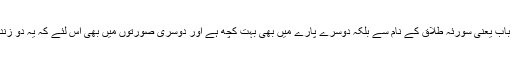
طلاق پروردگار کا انعام ہے قرآن شریف میں نہ صرف ایک باب یعنی سورئہ طلاق کے نام سے بلکہ دوسرے پارے میں بھی بہت کچھ ہے اور دوسری صورتوں میں بھی اس لئے کہ یہ دو زندگیوں کا نہیں دو گھروں کے بننے اور بگڑنے کا مسئلہ ہے۔